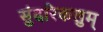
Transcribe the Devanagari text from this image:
सुंदरिकलुम्